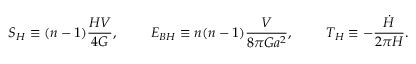
S _ { H } \equiv ( n - 1 ) { \frac { H V } { 4 G } } , \ \ \ \ \ \ \ E _ { B H } \equiv n ( n - 1 ) { \frac { V } { 8 \pi G a ^ { 2 } } } , \ \ \ \ \ \ \ T _ { H } \equiv - { \frac { \dot { H } } { 2 \pi H } } .